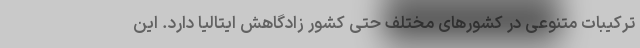
ترکیبات متنوعی در کشور‌های مختلف حتی کشور زادگاهش ایتالیا دارد. این